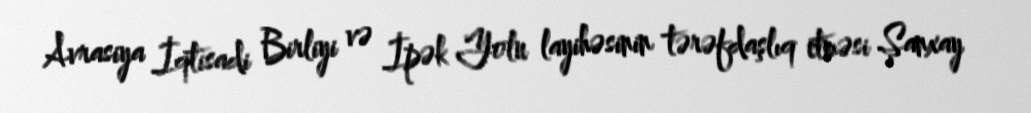
Avrasiya İqtisadi Birliyi və İpək Yolu layihəsinin tərəfdaşlıq etməsi Şanxay